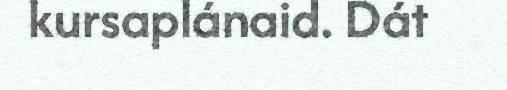
kursaplánaid. Dát